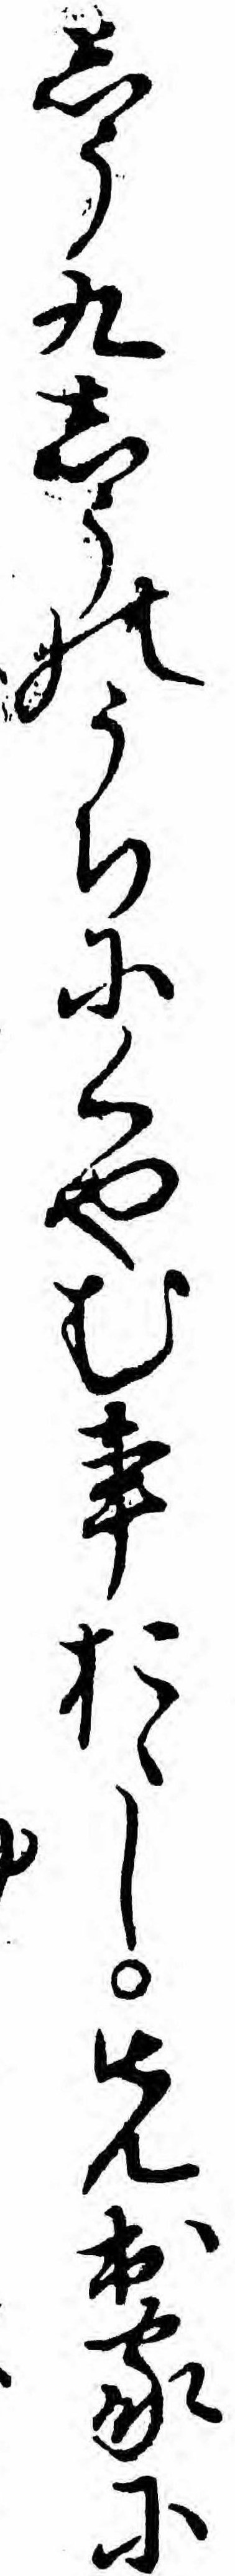
しう九しうのうちにくやむ事おゝし先出家にゆ